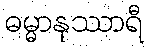
ဓမ္မာနုဿာရီ